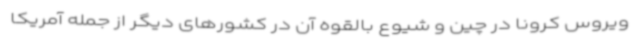
ویروس کرونا در چین و شیوع بالقوه آن در کشورهای دیگر از جمله آمریکا